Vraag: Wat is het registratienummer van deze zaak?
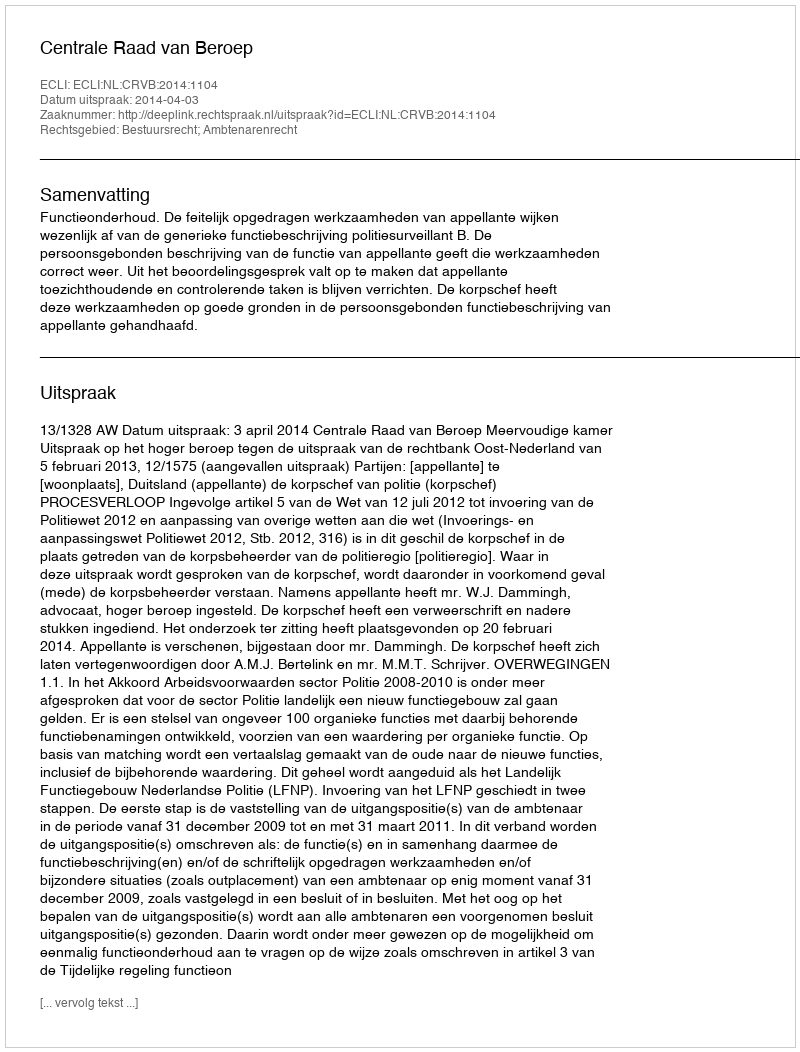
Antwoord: http://deeplink.rechtspraak.nl/uitspraak?id=ECLI:NL:CRVB:2014:1104